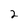
Character: 2